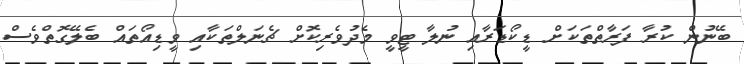
ބޭނުން ކުރާ ފަރާތްތަކަށް ޑީކޯޑަރާއި ނުލާ ޓީވީ މެދުވެރިކޮށް ޗެނަލްތަކާއި ވީޑިއޯތައް ބެލޭގޮތްވެސް